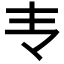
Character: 𰀈